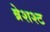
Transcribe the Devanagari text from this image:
ब्रेशश्ट